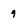
Character: 9